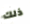
ذلك